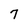
Character: 7